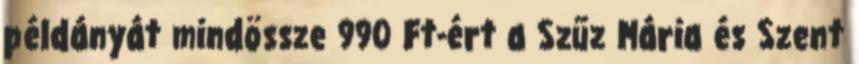
példányát mindössze 990 Ft-ért a Szűz Mária és Szent